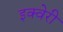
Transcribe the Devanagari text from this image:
इक्वेरी